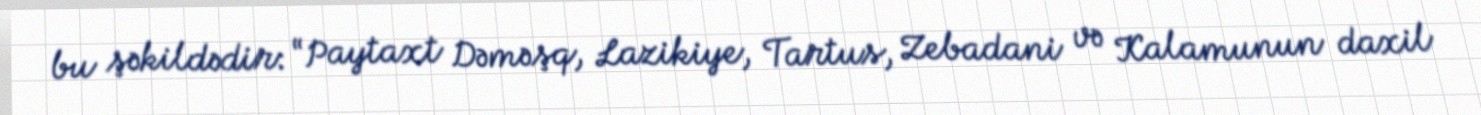
bu şəkildədir: “Paytaxt Dəməşq, Lazikiye, Tartus, Zebadani və Kalamunun daxil